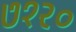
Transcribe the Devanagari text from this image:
७१२०